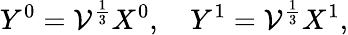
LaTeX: Y^{0}={\cal V}^{\frac{1}{3}}X^{0},\quad Y^{1}={\cal V}^{\frac{1}{3}}X^{1},